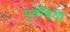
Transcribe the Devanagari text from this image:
पूर्वचिती